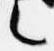
言